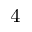
^ \mathrm { 4 }